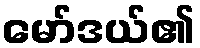
မော်ဒယ်၏